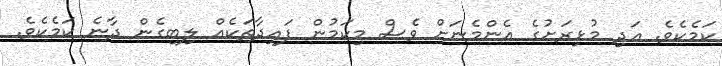
ކަމެކެވެ. އަދި މުޅިރަށުގެ އެންމެނަށް ވެސް މިކަމުން ފައިދާތަކެއް ލިބިގެން ދާނެ ކަމެކެވެ.